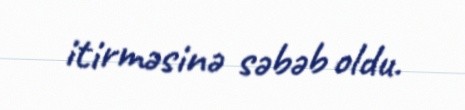
itirməsinə səbəb oldu.